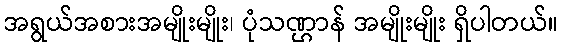
အရွယ်အစားအမျိုးမျိုး၊ ပုံသဏ္ဌာန် အမျိုးမျိုး ရှိပါတယ်။